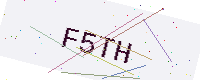
Text: F5TH